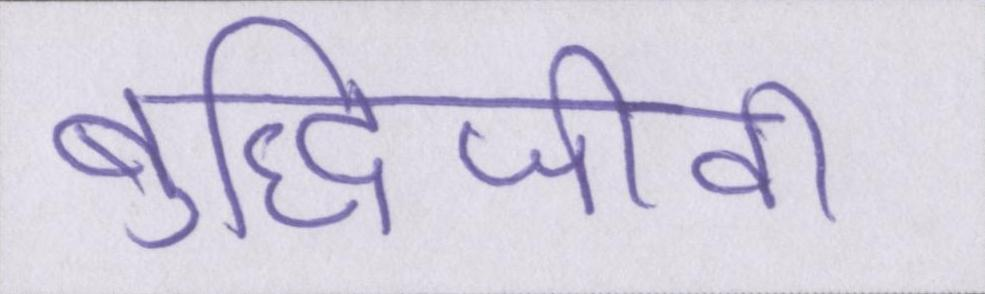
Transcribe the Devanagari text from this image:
बुद्धिजीवी